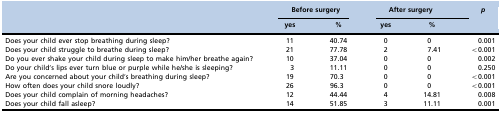
<table><thead><tr><td rowspan="2"></td><td colspan="2"><b>Before surgery</b></td><td colspan="2"><b>After surgery</b></td><td rowspan="2"><b><i>p</i></b></td></tr><tr><td><b>yes</b></td><td><b>%</b></td><td><b>yes</b></td><td><b>%</b></td></tr></thead><tbody><tr><td>Does your child ever stop breathing during sleep?</td><td>11</td><td>40.74</td><td>0</td><td>0</td><td>0.001</td></tr><tr><td>Does your child struggle to breathe during sleep?</td><td>21</td><td>77.78</td><td>2</td><td>7.41</td><td>&lt;0.001</td></tr><tr><td>Do you ever shake your child during sleep to make him/her breathe again?</td><td>10</td><td>37.04</td><td>0</td><td>0</td><td>0.002</td></tr><tr><td>Do your child’s lips ever turn blue or purple while he/she is sleeping?</td><td>3</td><td>11.11</td><td>0</td><td>0</td><td>0.250</td></tr><tr><td>Are you concerned about your child’s breathing during sleep?</td><td>19</td><td>70.3</td><td>0</td><td>0</td><td>&lt;0.001</td></tr><tr><td>How often does your child snore loudly?</td><td>26</td><td>96.3</td><td>0</td><td>0</td><td>&lt;0.001</td></tr><tr><td>Does your child complain of morning headaches?</td><td>12</td><td>44.44</td><td>4</td><td>14.81</td><td>0.008</td></tr><tr><td>Does your child fall asleep?</td><td>14</td><td>51.85</td><td>3</td><td>11.11</td><td>0.001</td></tr></tbody></table>